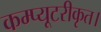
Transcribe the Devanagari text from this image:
कम्प्यूटरीकृत।